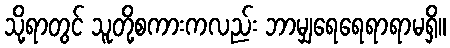
သို့ရာတွင် သူတို့စကားကလည်း ဘာမျှရေရေရာရာမရှိ။